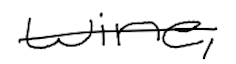
Text: wine,
Cross-out: single-line
Writing tool: digital_black